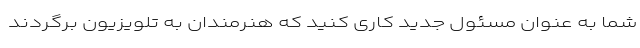
شما به عنوان مسئول جدید کاری کنید که هنرمندان به تلویزیون برگردند